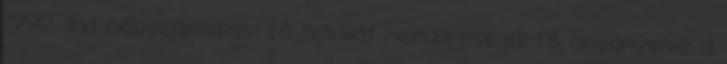
1990. évi népszámlálás: fő horvát nemzetiségű, fő anyanyelve a